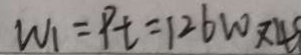
W _ { 1 } = P t = 1 2 6 w \times 4